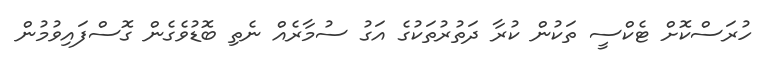
ހުރަސްކޮށް ޓެކްސީ ތަކުން ކުރާ ދަތުރުތަކުގެ އަގު ސުމާރެއް ނެތި ބޮޑުވެގެން ގޮސްފައިވުމުން